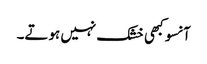
آنسو کبھی خشک نہیں ہوتے۔